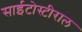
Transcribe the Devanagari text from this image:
साईटोस्टीराल